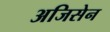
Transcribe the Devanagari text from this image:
अजिसेन